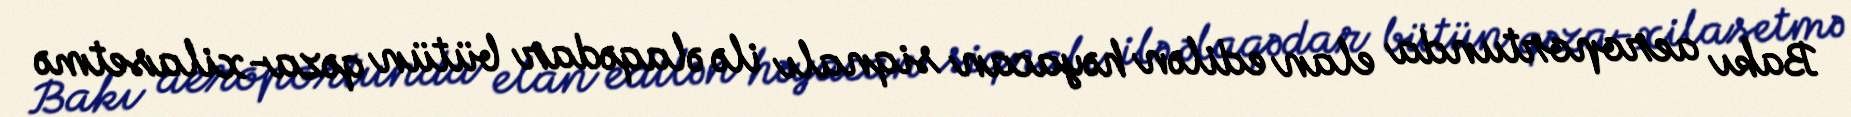
Bakı aeroportunda elan edilən həyacan siqnalı ilə əlaqədar bütün qəza-xilasetmə